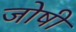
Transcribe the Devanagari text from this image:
जोषी